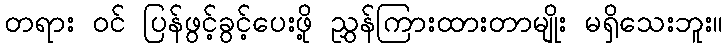
တရား ဝင် ပြန်ဖွင့်ခွင့်ပေးဖို့ ညွှန်ကြားထားတာမျိုး မရှိသေးဘူး။